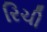
રિચી